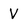
Character: V